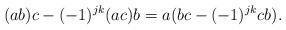
LaTeX: \begin{align*}(ab)c-(-1)^{jk}(ac)b=a(bc-(-1)^{jk}cb). \end{align*}